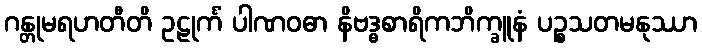
ဂန္တုမရဟတီတိ ဥဠုင်္ကံ ပါဏဝဓာ နိဗဒ္ဓစာရိကဘိက္ခူနံ ပဉ္စသတမနုဿာ